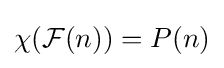
\chi ({\mathcal {F}}(n))=P(n)